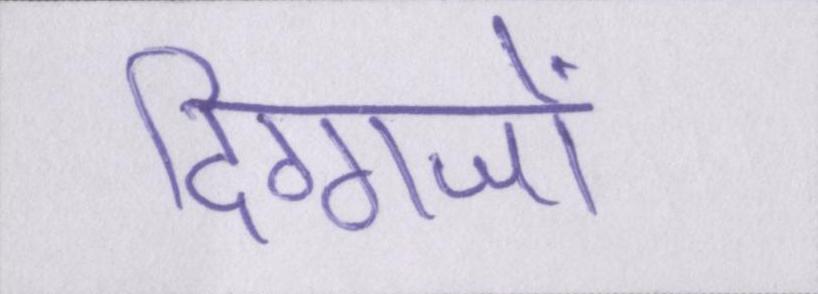
दिग्गजों